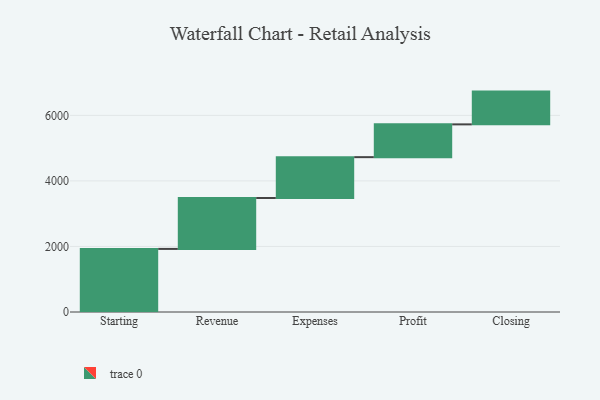
{"axis": {"x": "Step", "y": "Value"}, "legend": [""], "data": [{"x": "Starting", "y": 1925.0, "type": ""}, {"x": "Revenue", "y": 1553.0, "type": ""}, {"x": "Expenses", "y": 1247.0, "type": ""}, {"x": "Profit", "y": 1000, "type": ""}, {"x": "Closing", "y": 1000, "type": ""}]}